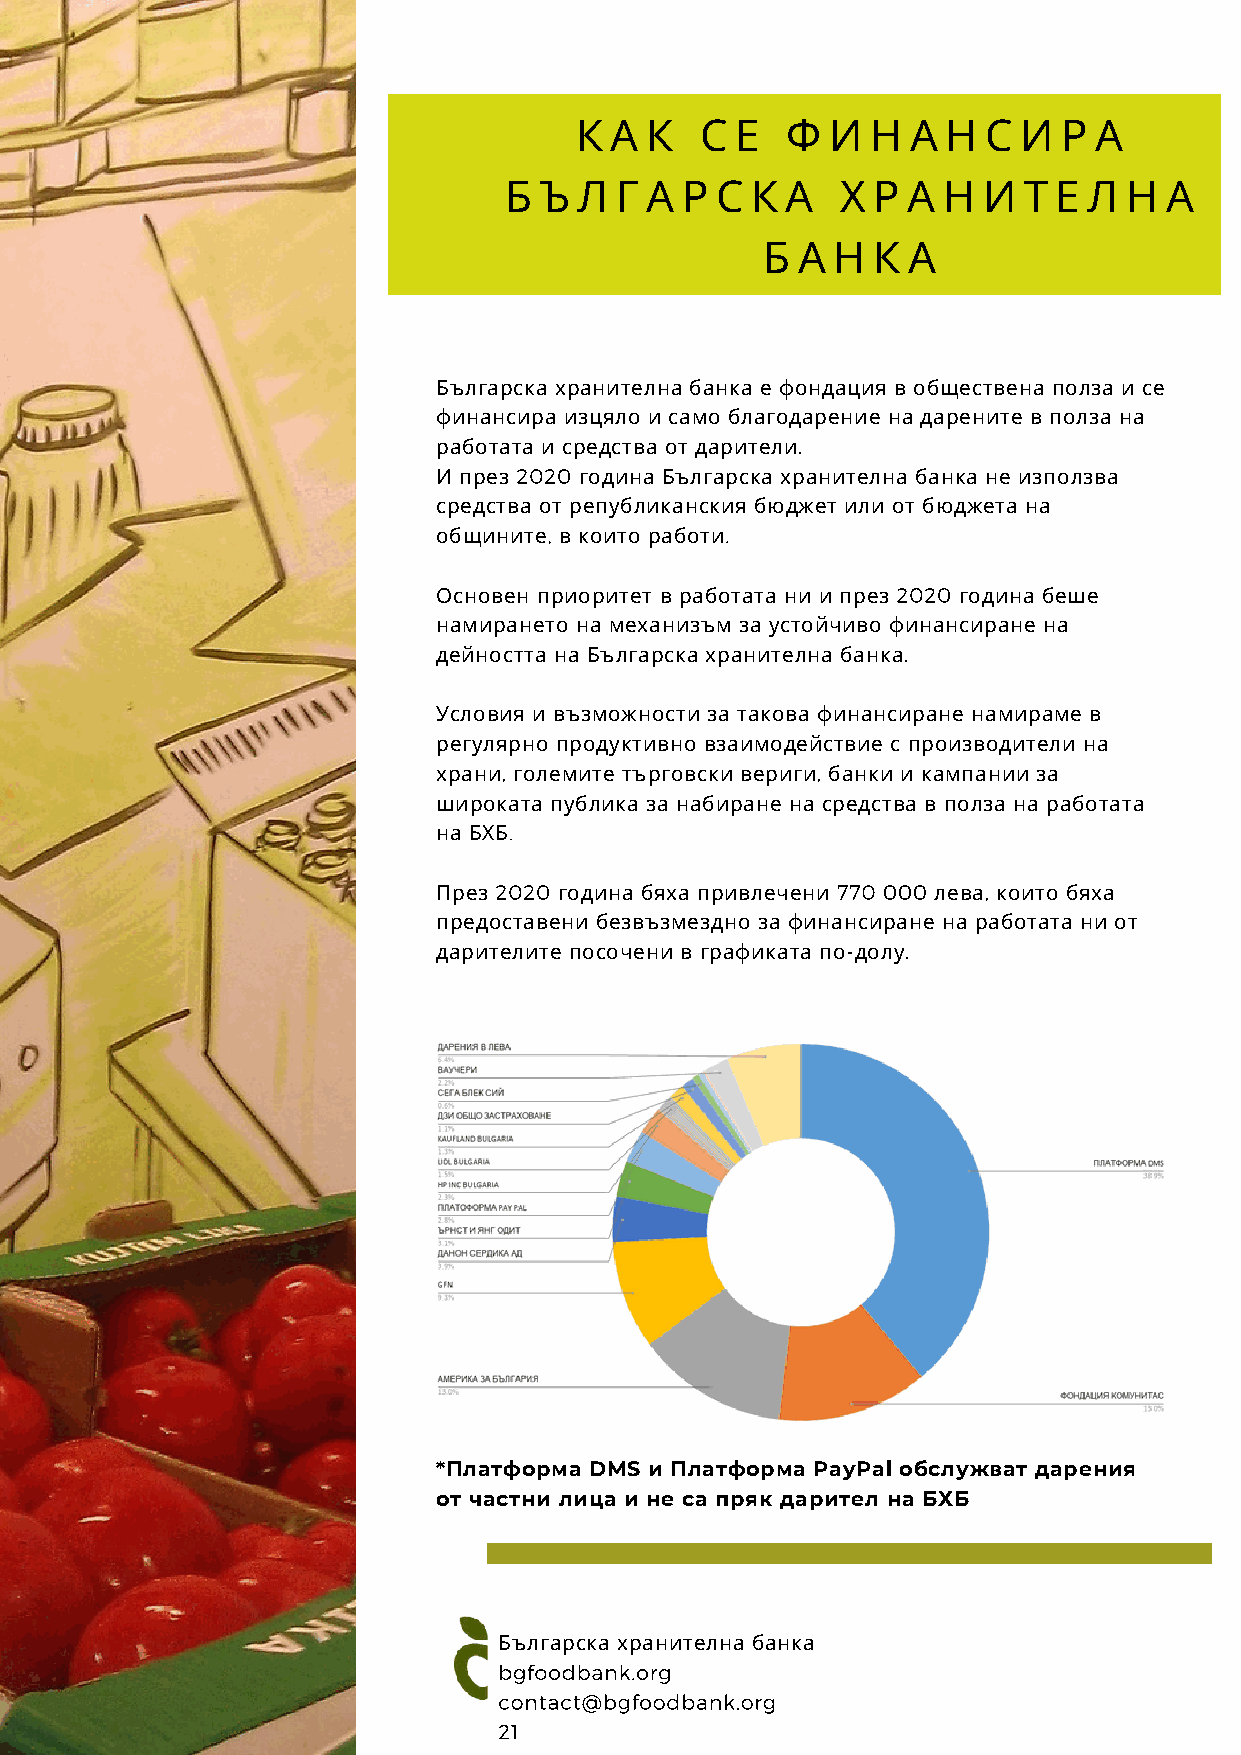
К А  К  С  Е  Ф  И  Н А  Н С  И Р А
 Б  Ъ Л  Г А Р С  К А   Х Р А Н  И  Т Е Л  Н А
 Б А Н  К А
 Българска хранителна банка е фондация в обществена полза и се
 финансира изцяло и само благодарение на дарените в полза на
 работата и средства от дарители.
 И през 2020 година Българска хранителна банка не използва
 средства от републиканския бюджет или от бюджета на
 общините, в които работи.
 Основен приоритет в работата ни и през 2020 година беше
 намирането на механизъм за устойчиво финансиране на
 дейността на Българска хранителна банка.
 Условия и възможности за такова финансиране намираме в
 регулярно продуктивно взаимодействие с производители на
 храни, големите търговски вериги, банки и кампании за
 широката публика за набиране на средства в полза на работата
 на БХБ.
 През 2020 година бяха привлечени 770 000 лева, които бяха
 предоставени безвъзмездно за финансиране на работата ни от
 дарителите посочени в графиката по-долу.
 *Платформа DMS и Платформа PayPal обслужват дарения
 от частни лица и не са пряк дарител на БХБ
 Българска хранителна банка
 bgfoodbank.org
 contact@bgfoodbank.org
 21